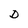
Character: D